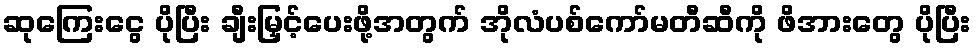
ဆုကြေးငွေ ပိုပြီး ချီးမြှင့်ပေးဖို့အတွက် အိုလံပစ်ကော်မတီဆီကို ဖိအားတွေ ပိုပြီး